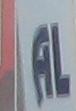
al